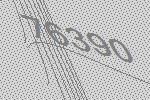
76390